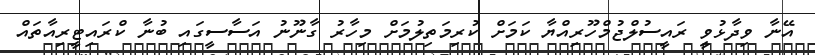
އޭނާ ވިދާޅުވީ ރައީސުލްޖުމްހޫރިއްޔާ ކަމަށް ކުރިމަތިލުމަށް މިހާރު ގާނޫނު އަސާސީގައި ބުނާ ކްރައިޓީރިއާތައް